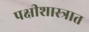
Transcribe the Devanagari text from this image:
पक्षीशास्त्रात